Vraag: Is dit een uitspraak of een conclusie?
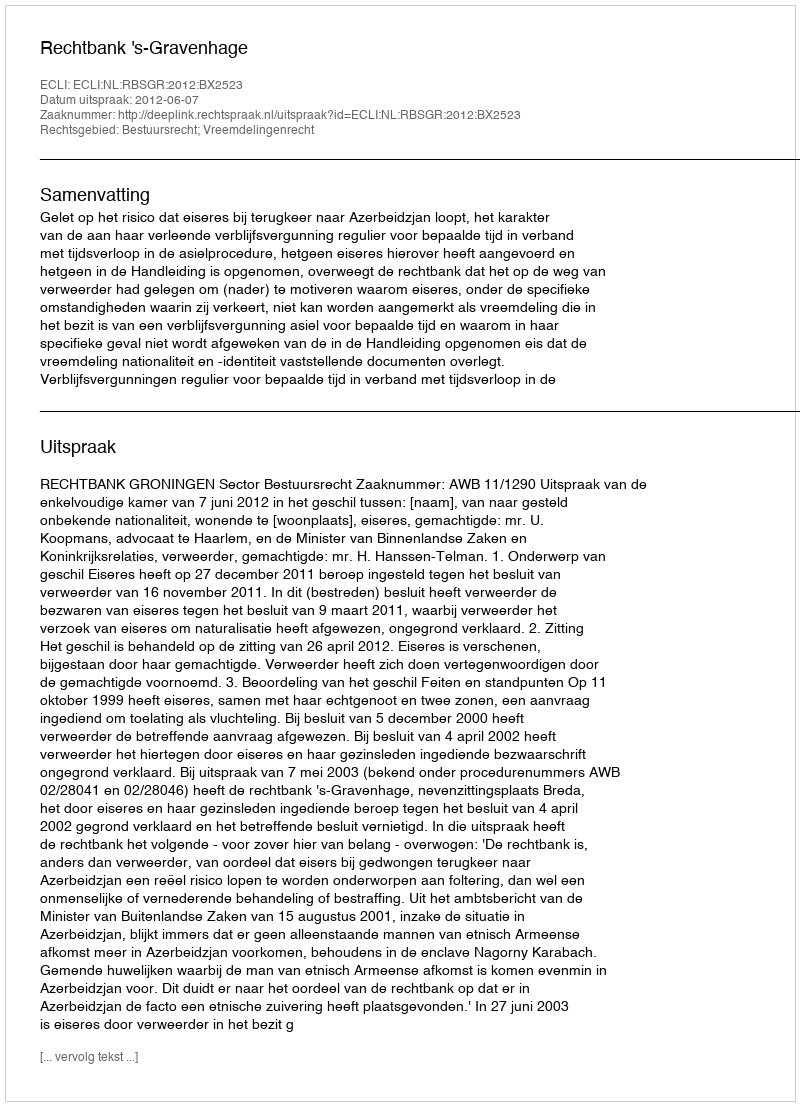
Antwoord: Uitspraak